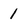
Character: 1